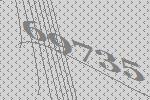
69735